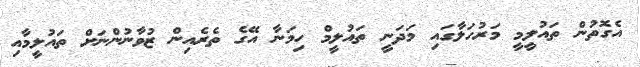
އެގޮތުން ތައުލީމީ މަރުހަލާގައި މަދަނީ ތައުލީމް ހިމަނާ އޭގެ ތެރެއިން ޒުވާނުންނަށް ތައުލީމާއި